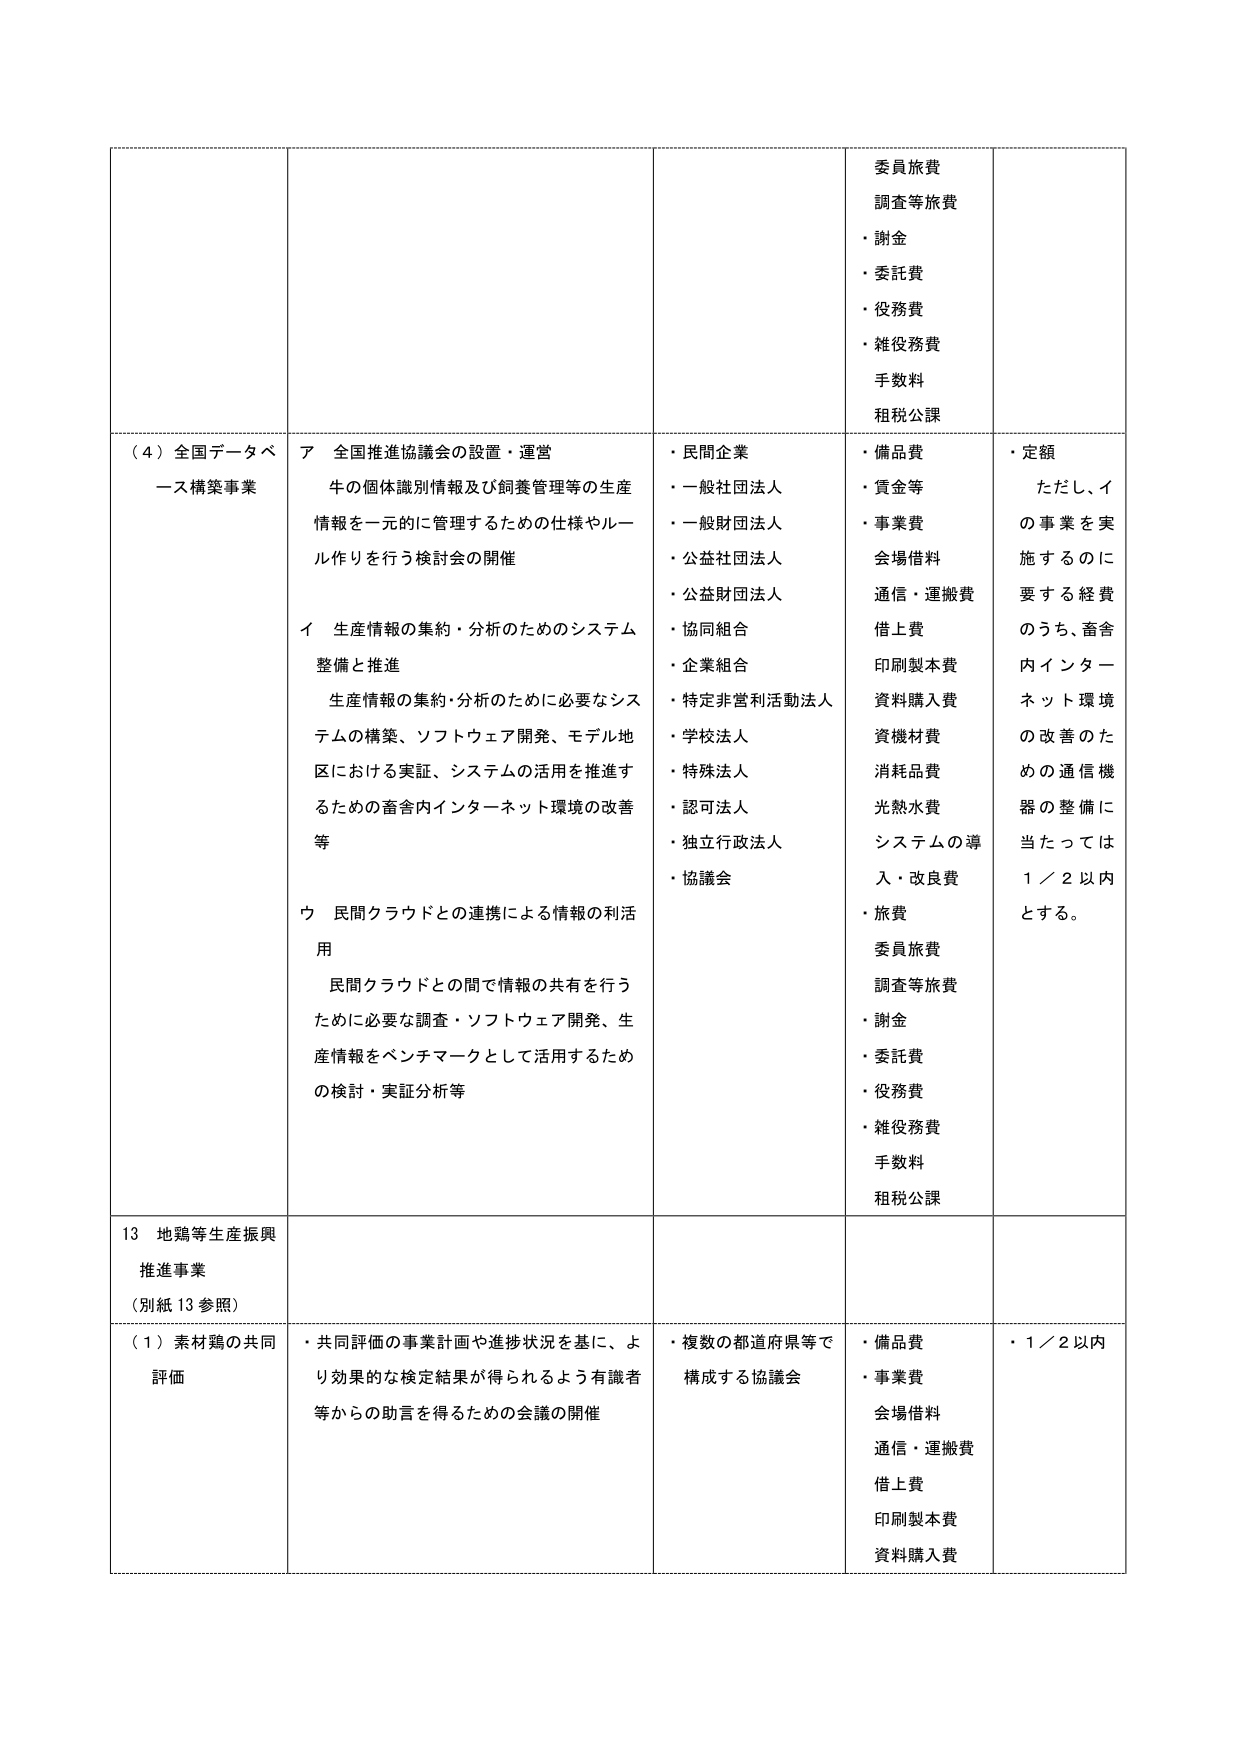
委員旅費
調査等旅費
・謝金
・委託費
・役務費
・雑役務費
手数料
租税公課

（４）全国データベース構築事業
ア 全国推進協議会の設置・運営
牛の個体識別情報及び飼養管理等の生産情報を一元的に管理するための仕様やルール作りを行う検討会の開催
イ 生産情報の集約・分析のためのシステム整備と推進
生産情報の集約・分析のために必要なシステムの構築、ソフトウェア開発、モデル地区における実証、システムの活用を推進するための畜舎内インターネット環境の改善等
ウ 民間クラウドとの連携による情報の利活用
民間クラウドとの間で情報の共有を行うために必要な調査・ソフトウェア開発、生産情報をベンチマークとして活用するための検討・実証分析等
・民間企業
・一般社団法人
・一般財団法人
・公益社団法人
・公益財団法人
・協同組合
・企業組合
・特定非営利活動法人
・学校法人
・特殊法人
・認可法人
・独立行政法人
・協議会
・備品費
・賃金等
・事業費
会場借料
通信・運搬費
借上費
印刷製本費
資料購入費
資機材費
消耗品費
光熱水費
システムの導入・改良費
・旅費
委員旅費
調査等旅費
・謝金
・委託費
・役務費
・雑役務費
手数料
租税公課
・定額
ただし、イの事業を実施するのに要する経費のうち、畜舎内インターネット環境の改善のための通信機器の整備に当たっては１／２以内とする。

13 地鶏等生産振興推進事業
（別紙13参照）
（１）素材鶏の共同評価
・共同評価の事業計画や進捗状況を基に、より効果的な検定結果が得られるよう有識者等からの助言を得るための会議の開催
・複数の都道府県等で構成する協議会
・備品費
・事業費
会場借料
通信・運搬費
借上費
印刷製本費
資料購入費
・１／２以内